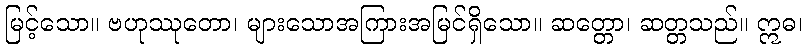
မြင့်သော။ ဗဟုဿုတော၊ များသောအကြားအမြင်ရှိသော။ ဆတ္တော၊ ဆတ္တသည်။ ဣဓ၊